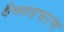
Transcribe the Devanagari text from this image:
वैष्णवचरण